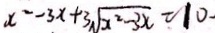
x ^ { 2 } - 3 x + 3 \sqrt { x ^ { 2 } - 3 x } - 1 0